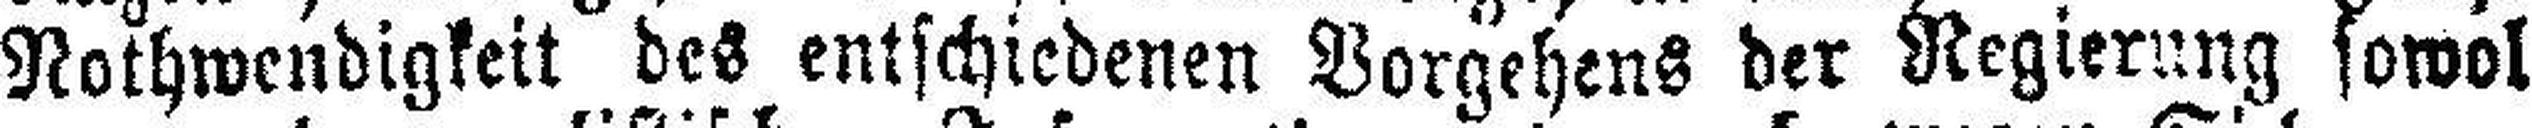
Nothwendigkeit des entschiedenen Vorgehens der Regierung sowol